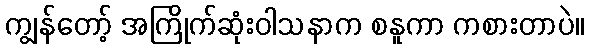
ကျွန်တော့် အကြိုက်ဆုံးဝါသနာက စနူကာ ကစားတာပဲ။